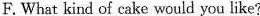
F. What kind of cake would you like?